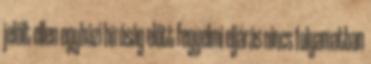
jelölt ellen egyházi bíróság előtt fegyelmi eljárás nincs folyamatban